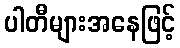
ပါတီများအနေဖြင့်